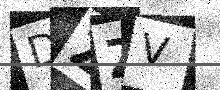
Text: DZZV